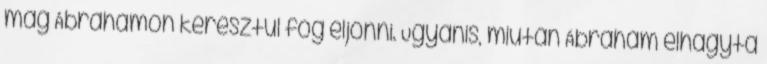
mag Ábrahámon keresztül fog eljönni. Ugyanis, miután Ábrahám elhagyta